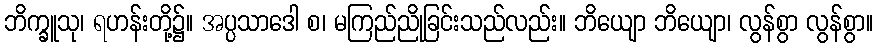
ဘိက္ခူသု၊ ရဟန်းတို့၌။ အပ္ပသာဒေါ စ၊ မကြည်ညိုခြင်းသည်လည်း။ ဘိယျော ဘိယျော၊ လွန်စွာ လွန်စွာ။